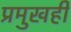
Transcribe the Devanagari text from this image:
प्रमुखही